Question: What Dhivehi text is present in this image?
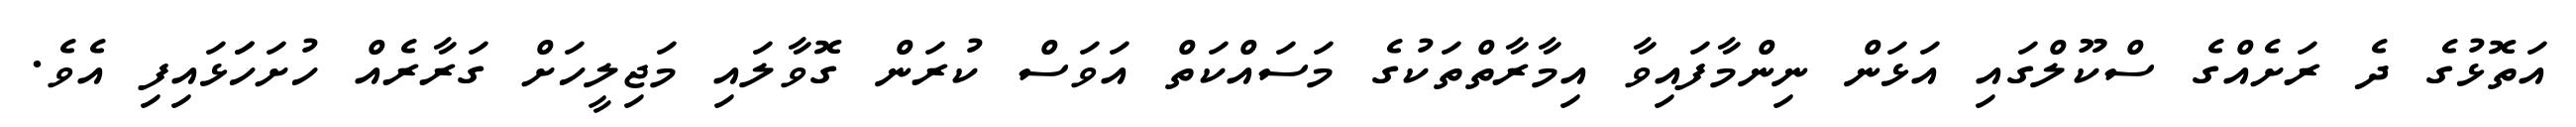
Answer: އަތޮޅުގެ ދެ ރަށެއްގެ ސްކޫލްގައި އަޅަން ނިންމާފައިވާ އިމާރާތްތަކުގެ މަސައްކަތް އަވަސް ކުރަން ގޮވާލައި މަޖިލީހަށް ގަރާރެއް ހުށަހަަޅައިފި އެވެ.